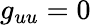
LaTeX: g_{uu}=0